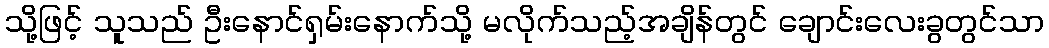
သို့ဖြင့် သူသည် ဦးနောင်ရှမ်းနောက်သို့ မလိုက်သည့်အချိန်တွင် ချောင်းလေးခွတွင်သာ